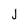
Character: j